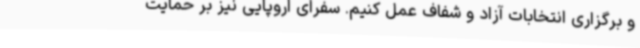
و برگزاری انتخابات آزاد و شفاف عمل کنیم. سفرای اروپایی نیز بر حمایت